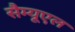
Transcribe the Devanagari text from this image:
सैम्यूएल